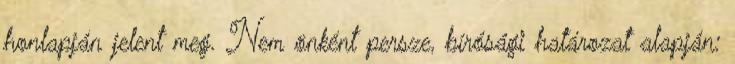
honlapján jelent meg. Nem önként persze, bírósági határozat alapján: